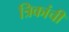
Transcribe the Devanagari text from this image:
त्रिकांची